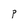
Character: P